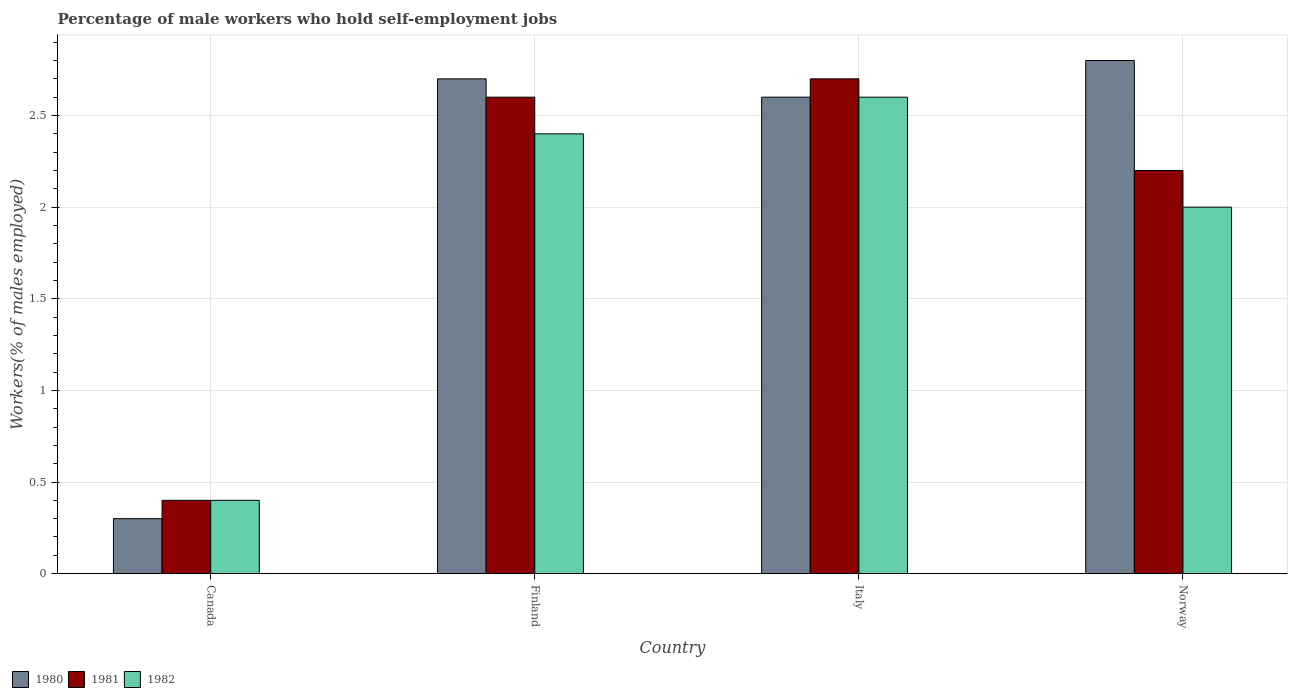
| Country | 1980 | 1981 | 1982 |
 | --- | --- | --- | --- |
 | Canada | 0.3 | 0.4 | 0.4 |
 | Finland | 2.7 | 2.6 | 2.4 |
 | Italy | 2.6 | 2.7 | 2.6 |
 | Norway | 2.8 | 2.2 | 2 |